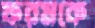
ফরমকে